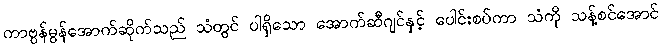
ကာဗွန်မွန်အောက်ဆိုက်သည် သံတွင် ပါရှိသော အောက်ဆီဂျင်နှင့် ပေါင်းစပ်ကာ သံကို သန့်စင်အောင်